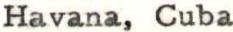
Havana, Cuba